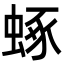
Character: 𧌮